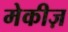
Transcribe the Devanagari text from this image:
मेकीज़